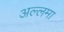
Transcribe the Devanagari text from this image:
अल्‍लमा